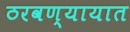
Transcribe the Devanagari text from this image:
ठरवण्यायात